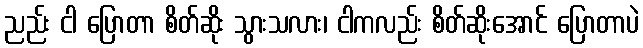
ညည်း ငါ ပြောတာ စိတ်ဆိုး သွားသလား၊ ငါကလည်း စိတ်ဆိုးအောင် ပြောတာပဲ